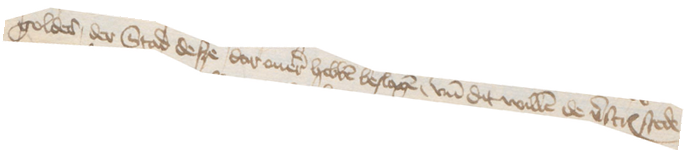
goldes der Stad desze dar ouer hebben beslagen, vnd dit willen de verscreuenen stede